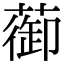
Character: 蓹